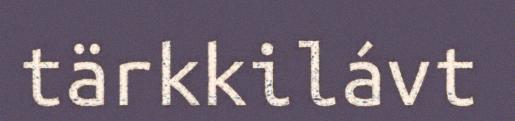
tärkkilávt